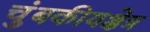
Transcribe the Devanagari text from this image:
चुंबकीयक्षेत्र